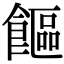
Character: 饇